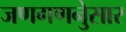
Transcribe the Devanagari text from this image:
जणगणनेुसार